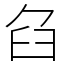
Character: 臽